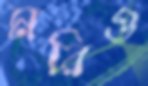
মরিও